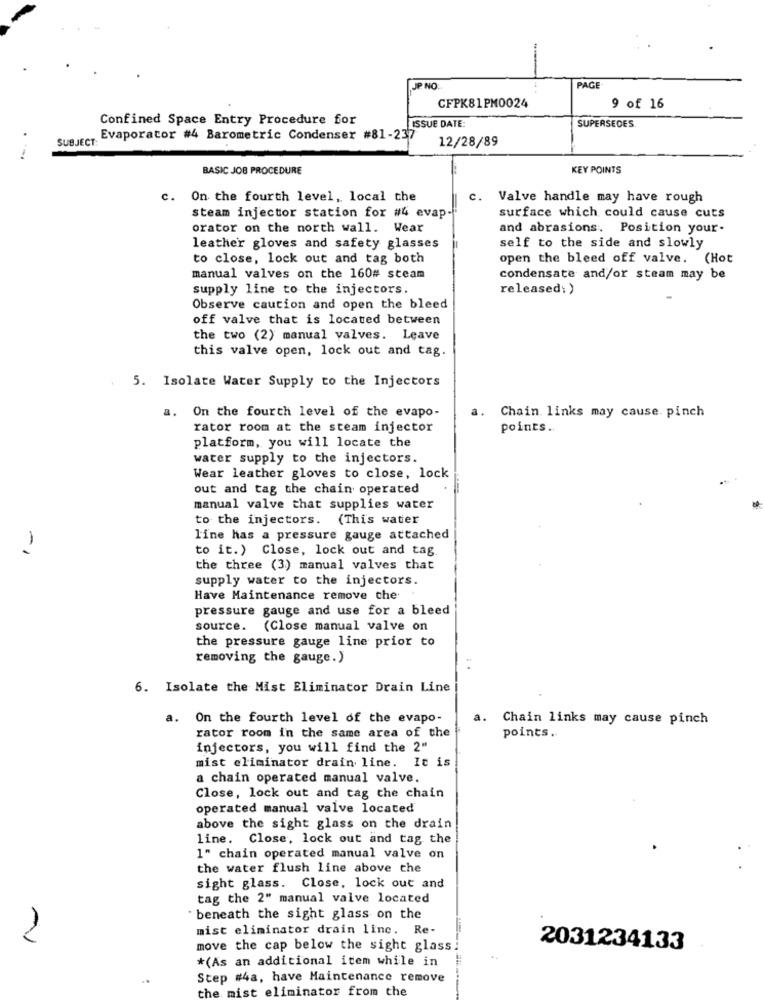
JP NO:
PAGE-
CFPK81PM0024
9 of 16
Confined Space Entry Procedure for
ISSUE DATE:
SUPERSEDES
SUBJECT:
Evaporator #4 Barometric Condenser #81-237
12/28/89
BASIC JOB PROCEDURE
KEY POINTS
c. On the fourth level, local the
c. Valve handle may have rough
surface which could cause cuts
steam injector station for #4 evap-
orator on the north wall. Wear
and abrasions. Position your-
leather gloves and safety glasses
self to the side and slowly
to close, lock out and tag both
open the bleed off valve. (Hot
manual valves on the 160# steam
condensate and/or steam may be
supply line to the injectors.
released: )
Observe caution and open the bleed
off valve that is located between
the two (2) manual valves. Leave
this valve open, lock out and tag.
5. Isolate Water Supply to the Injectors
a. On the fourth level of the evapo-
a. Chain. links may cause pinch
rator room at the steam injector
points.
platform, you will locate the
water supply to the injectors.
Wear leather gloves to close, lock
out and tag the chain operated
manual valve that supplies water
to the injectors. (This water
line has a pressure gauge attached
to it.) Close, lock out and tag
-1
the three (3) manual valves that
supply water to the injectors.
Have Maintenance remove che
pressure gauge and use for a bleed
source. (Close manual valve on
the pressure gauge line prior to
removing the gauge.)
6. Isolate the Mist Eliminator Drain Line
a.
On the fourth level of the evapo-
a.
Chain links may cause pinch
rator room in the same area of the
points ..
injectors, you will find the 2"
mist eliminator drain line. It is
a chain operated manual valve.
Close, lock out and tag the chain
operated manual valve located
above the sight glass on the drain
line. Close, lock out and tag the
1" chain operated manual valve on
the water flush line above the
sight glass. Close, lock out and
tag the 2" manual valve located
beneath the sight glass on the
mist eliminator drain linc. Re-
move the cap below the sight glass.
2031234133
*(As an additional item while in
Step #4a, have Maintenance remove
the mist eliminator from the